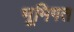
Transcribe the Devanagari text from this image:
भूमिगत